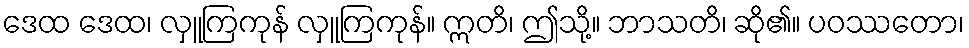
ဒေထ ဒေထ၊ လှူကြကုန် လှူကြကုန်။ ဣတိ၊ ဤသို့။ ဘာသတိ၊ ဆို၏။ ပဝဿတော၊